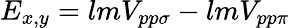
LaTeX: E_{x,y}=lmV_{pp\sigma}-lmV_{pp\pi}